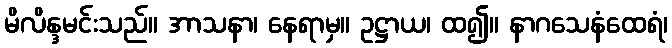
မိလိန္ဒမင်းသည်။ အာသနာ၊ နေရာမှ။ ဥဋ္ဌာယ၊ ထ၍။ နာဂသေနံထေရံ၊